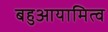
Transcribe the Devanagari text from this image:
बहुआयामित्व